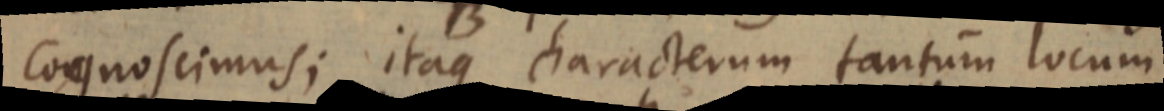
cognoscimus; itaque characterum tantum locum